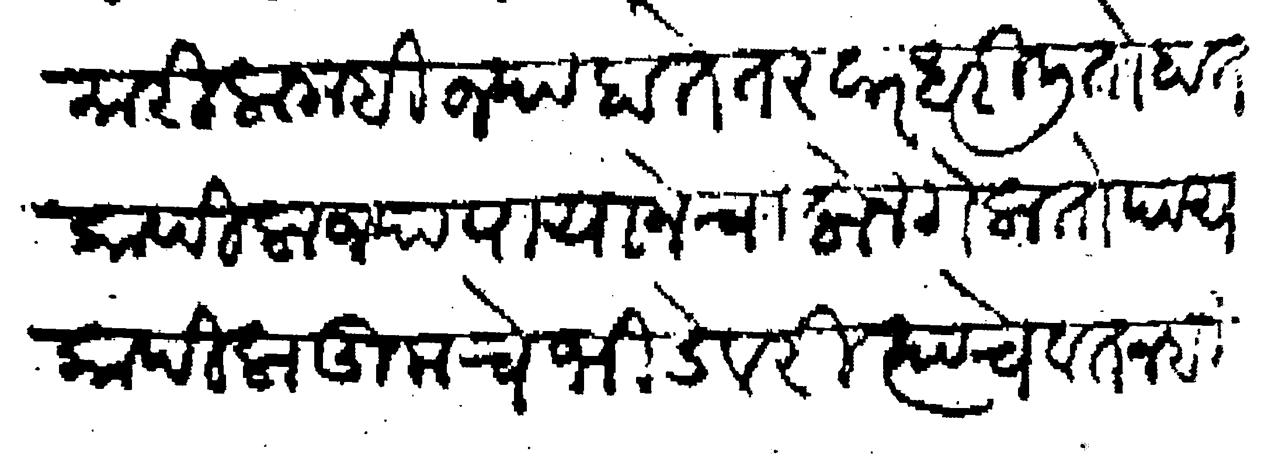
Transliteration (Devanagari): मारिला नाही ज्या हाते तरवार धरिली तो हात कापिला ज्या पायाने चालोन गेला तो पाय कापिला तुमचे भिडेवरी त्याचे वतन ही